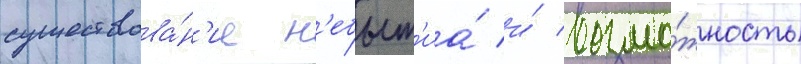
существова́н'ие н'ебыт'иа́ и́ возмо́жность